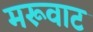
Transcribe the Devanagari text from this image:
मरूवाट